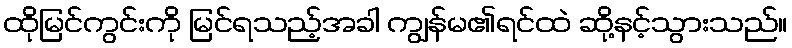
ထိုမြင်ကွင်းကို မြင်ရသည့်အခါ ကျွန်မ၏ရင်ထဲ ဆို့နင့်သွားသည်။